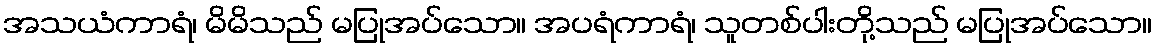
အသယံကာရံ၊ မိမိသည် မပြုအပ်သော။ အပရံကာရံ၊ သူတစ်ပါးတို့သည် မပြုအပ်သော။